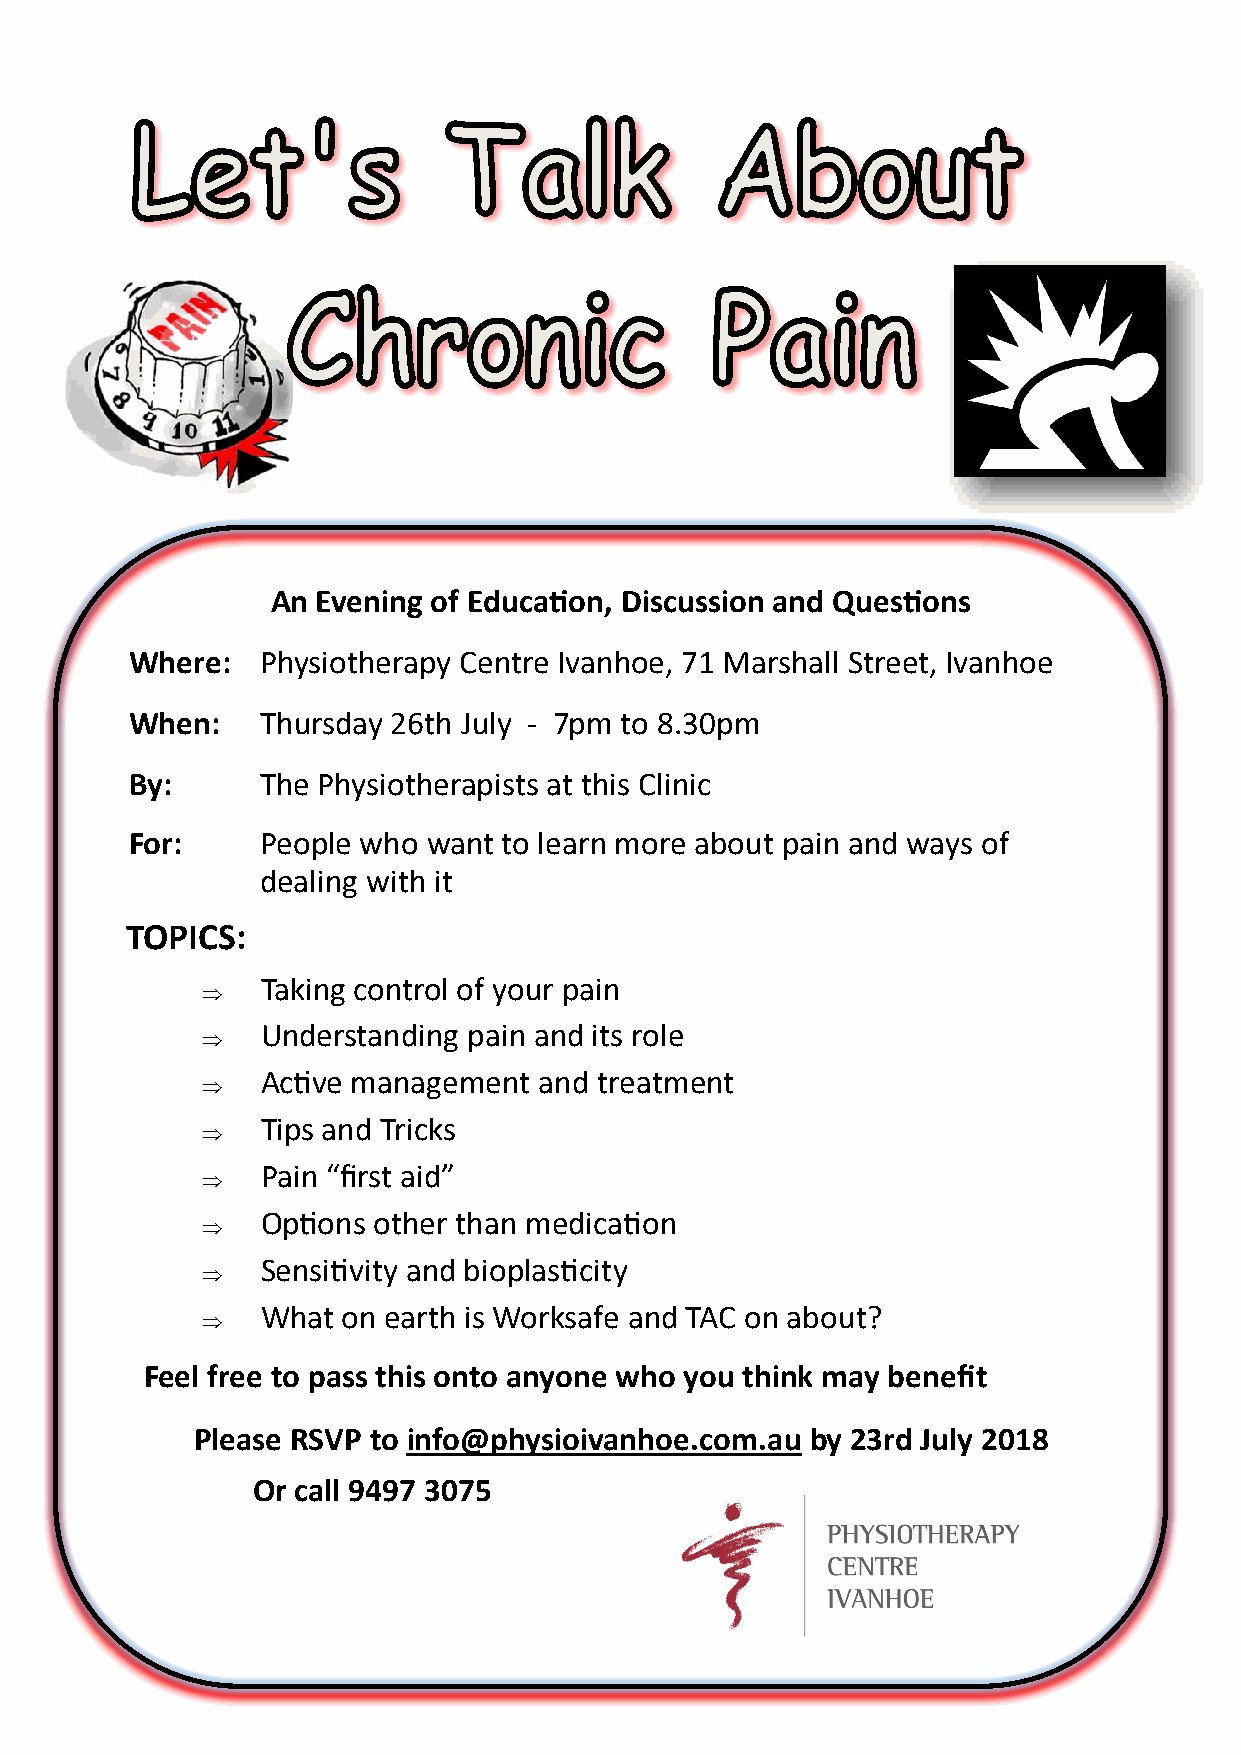
An Evening of Education, Discussion and Questions
 Where:  Physiotherapy Centre Ivanhoe, 71 Marshall Street, Ivanhoe
 When:   Thursday 26th July - 7pm to 8.30pm
 By:     The Physiotherapists at this Clinic
 For:    People who want to learn more about pain and ways of
 dealing with it
 TOPICS:
 Taking control of your pain
 
 Understanding pain and its role
 
 Active management  and treatment
 
 Tips and Tricks
 
 Pain “first aid”
 
 Options other than medication
 
 Sensitivity and bioplasticity
 
 What  on earth is Worksafe and TAC on about?
 
 Feel free to pass this onto anyone who you think may benefit
 Please RSVP to info@physioivanhoe.com.au by 23rd July 2018
 Or call 9497 3075